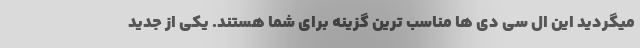
میگردید این ال سی دی ها مناسب ترین گزینه برای شما هستند. یکی از جدید